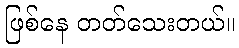
ဖြစ်နေ တတ်သေးတယ်။